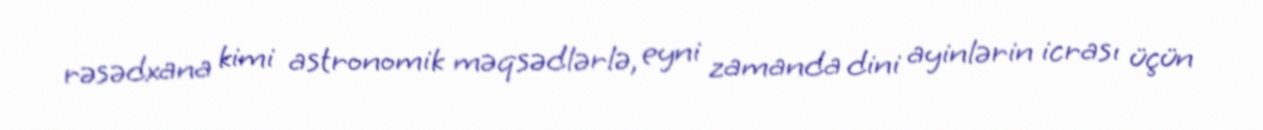
rəsədxana kimi astronomik məqsədlərlə, eyni zamanda dini ayinlərin icrası üçün